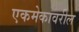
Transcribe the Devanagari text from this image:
एकमेकावरील